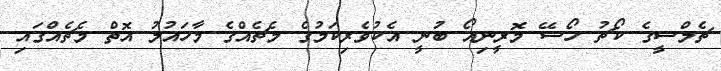
ޗެލްސީގެ ކޯޗު ހޯސޭ މޮރީނިއޯ ބުނީ އެކުވެރިކަމުގެ މެޗެއްގެ މާހައުލު އޮތް މެޗެއްގައި